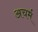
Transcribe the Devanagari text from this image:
अचर्म